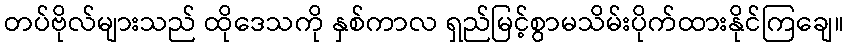
တပ်ဗိုလ်များသည် ထိုဒေသကို နှစ်ကာလ ရှည်မြင့်စွာမသိမ်းပိုက်ထားနိုင်ကြချေ။